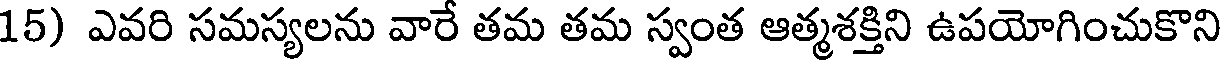
15) ఎవరి సమస్యలను వారే తమ తమ స్వంత ఆత్మశక్తిని ఉపయోగించుకొని